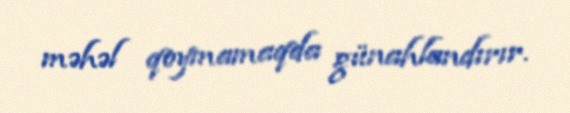
məhəl qoymamaqda günahlandırır.